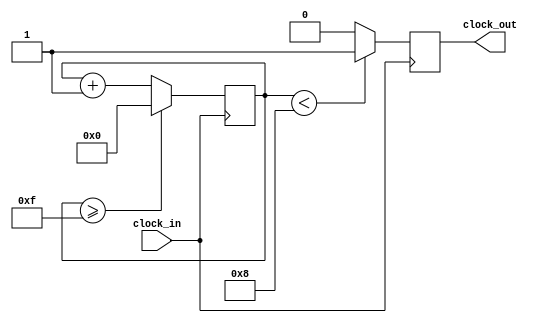
`timescale 1ns / 1ps
//////////////////////////////////////////////////////////////////////////////////
// Company: 
// Engineer: 
// 
// Design Name: 
// Module Name: ClockDivider
// Project Name: 
// Target Devices: 
// Tool Versions: 
// Description: 
// 
// Dependencies: 
// 
// Revision:
// Revision 0.01 - File Created
// Additional Comments:
// 
//////////////////////////////////////////////////////////////////////////////////

module Clock_divider(clock_in,clock_out
    );
input clock_in; // input clock on FPGA
output reg clock_out; // output clock after dividing the input clock by divisor
reg[27:0] counter=28'd0;
parameter DIVISOR = 28'd16;
// The frequency of the output clk_out
//  = The frequency of the input clk_in divided by DIVISOR
// For example: Fclk_in = 50Mhz, if you want to get 1Hz signal to blink LEDs
// You will modify the DIVISOR parameter value to 28'd50.000.000
// Then the frequency of the output clk_out = 50Mhz/50.000.000 = 1Hz
always @(posedge clock_in)
begin
 counter <= counter + 28'd1;
 if(counter>=(DIVISOR-1))
  counter <= 28'd0;
 clock_out <= (counter<DIVISOR/2)?1'b1:1'b0;
end
endmodule